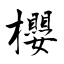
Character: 櫻